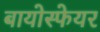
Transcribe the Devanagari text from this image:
बायोस्फेयर